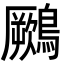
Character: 𪆙